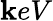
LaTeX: \mathbf{k}eV